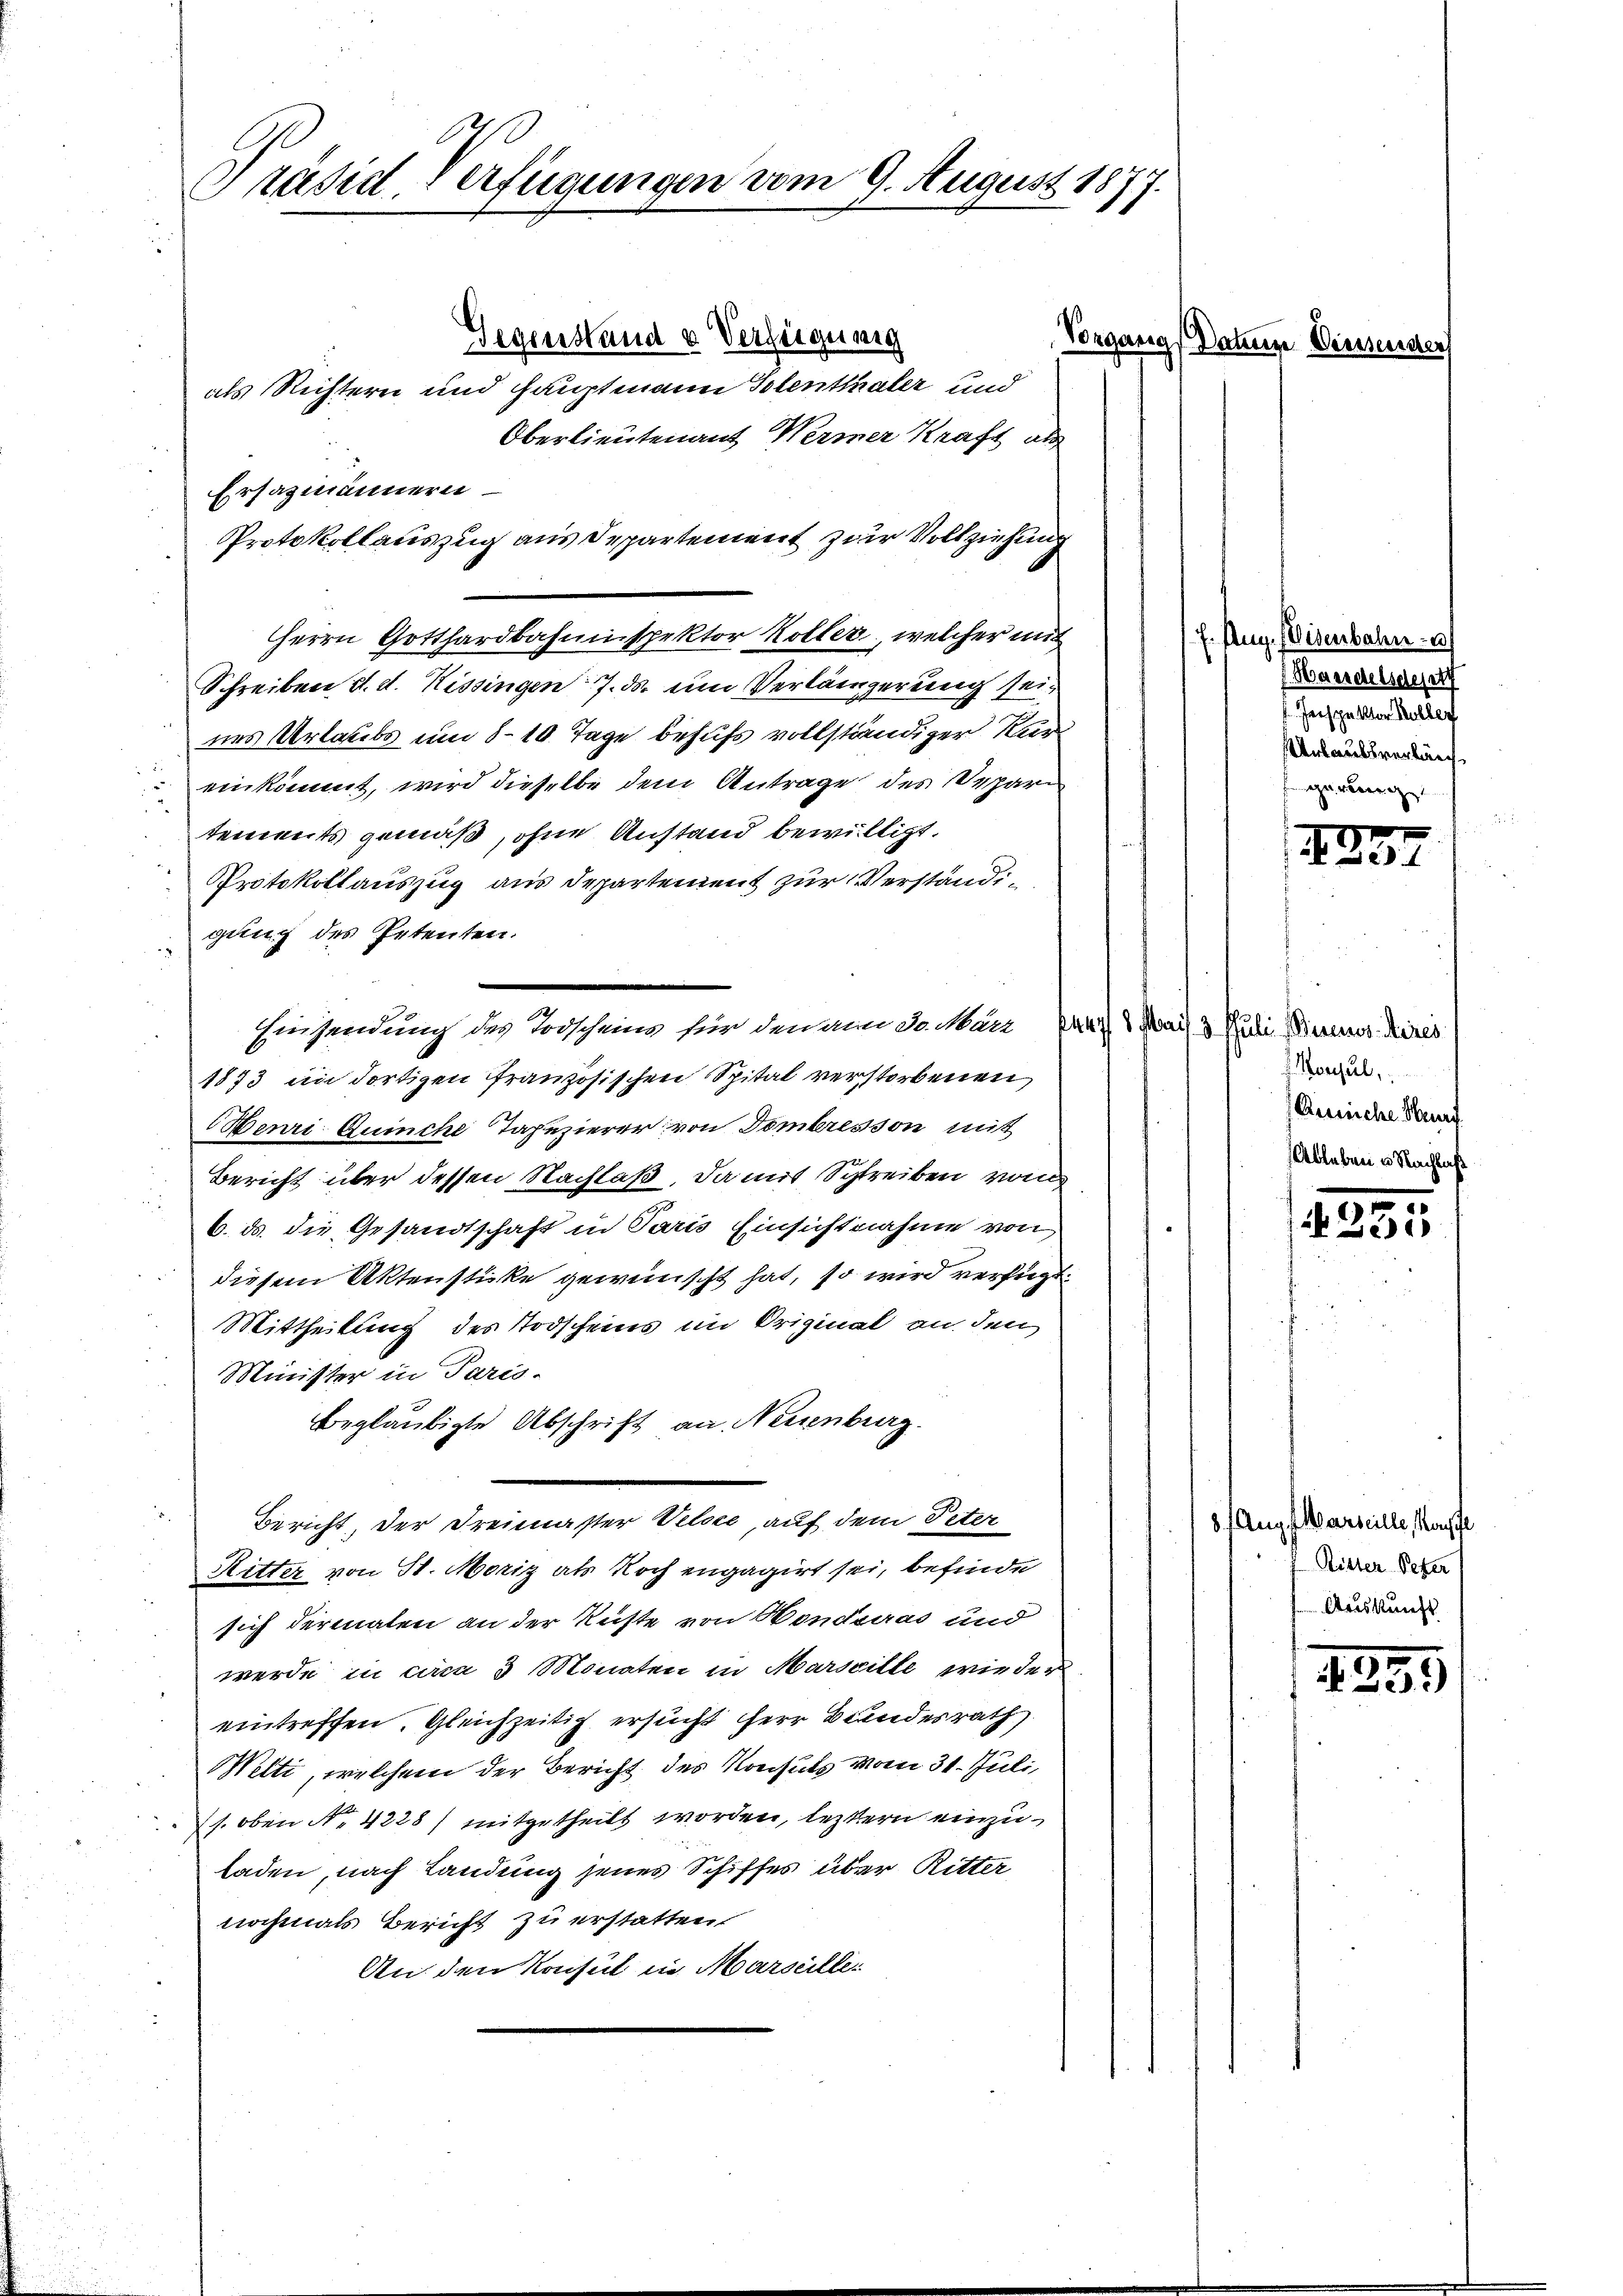
2

Präsid. Verfügungen vom 9. August 187

Oberlieutenant Wermer Kraft als
nes Urlaubs um 8-10 Tage behufs vollständiger Kur
einkommt, wird dieselbe dem Antrage des Depari
tements gemäß, ohne Anstand bewilligt.
Protokollauszug aus Departement zur Verständigung des Petenten.
Einsendung des Todscheins für den am 30. März Pra 1 Mai & Rudi Bierinos Aires
1873 im dortigen Französischen Spital verstorbenen
enri Quinche Tapezierer von Dombresson mit
Bericht über dessen Nachlaß. Da mit Schreiben von
6. ds. die Gesandtschaft in Paris Einsichtnahme von
diesem Aktenstücke gewünscht hat, so wird verfügt.
Mittheilung des Todscheins im Original an den
Minister in Paris.
Beglaubigte Abschrift an Neuenburg
Bericht, der Freimasser Veloce, auf dem Peter
Ritter von St. Moriz als Noch engagirt sei, befinde
sich dermalen an der Küste von Honduiras und
werde in circa 3 Monaten in Marscille wirden
eintreffen. Gleichzeitig ersucht herr Bundesrath
Welti, welchem der Bericht des Konsuls vom 31. Juli,
(s. oben No 4228) mitgetheilt worden, leztern einzuladen, nach Landung jenes Schiffes über Ritter
nochmals Bericht zu erstatten.
An den Konsul in Marseille

als Richtern und Hauptmann Solenthaler und
Ersazmännern
Protokollauszug aus Departement zur Vollziehung
Herrn Gotthardbahninspektor Koller, welcher mit
Schreiben d. d. Kissingen 7. ds. um Verlängerung sei¬

Gegenstand von Verzeigung

Vorgang Datum Dis

E. Aug. Eisenbahn u
f Handelsdeputz
Jespektor Koller
Unlaubsverlang
z

7
3.

.Konsul,
Ännche Haf
Ableben u. Nachlaß

)
2

8 Aug. Marseille, Kopfe
Ritter Peter
 Auskunft

1299